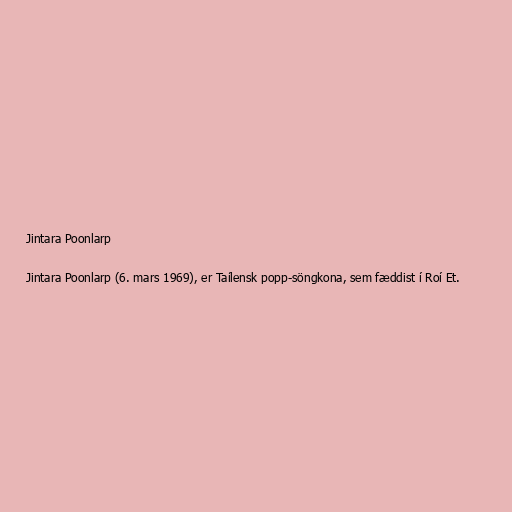
Jintara Poonlarp

Jintara Poonlarp (6. mars 1969), er Taílensk popp-söngkona, sem fæddist í Roí Et.